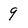
Character: 9